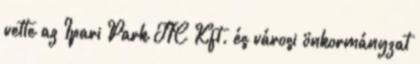
vette az Ipari Park JIC Kft. és városi önkormányzat